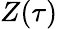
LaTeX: Z(\tau)